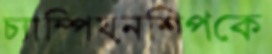
চ্যাম্পিয়নশিপকে